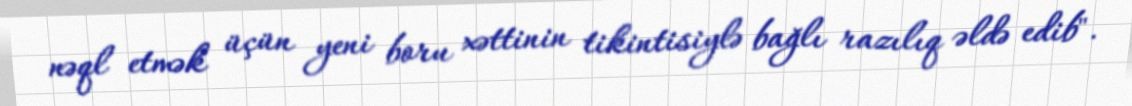
nəql etmək üçün yeni boru xəttinin tikintisiylə bağlı razılıq əldə edib".